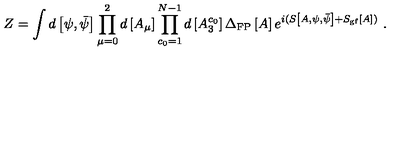
Z = \int d \left[ \psi , \bar { \psi } \right] \prod _ { \mu = 0 } ^ { 2 } d \left[ A _ { \mu } \right] \prod _ { c _ { 0 } = 1 } ^ { N - 1 } d \left[ A _ { 3 } ^ { c _ { 0 } } \right] \Delta _ { \mathrm { F P } } \left[ A \right] e ^ { i ( S \left[ A , \psi , \bar { \psi } \right] + S _ { \mathrm { g f } } \left[ A \right] ) } \ .